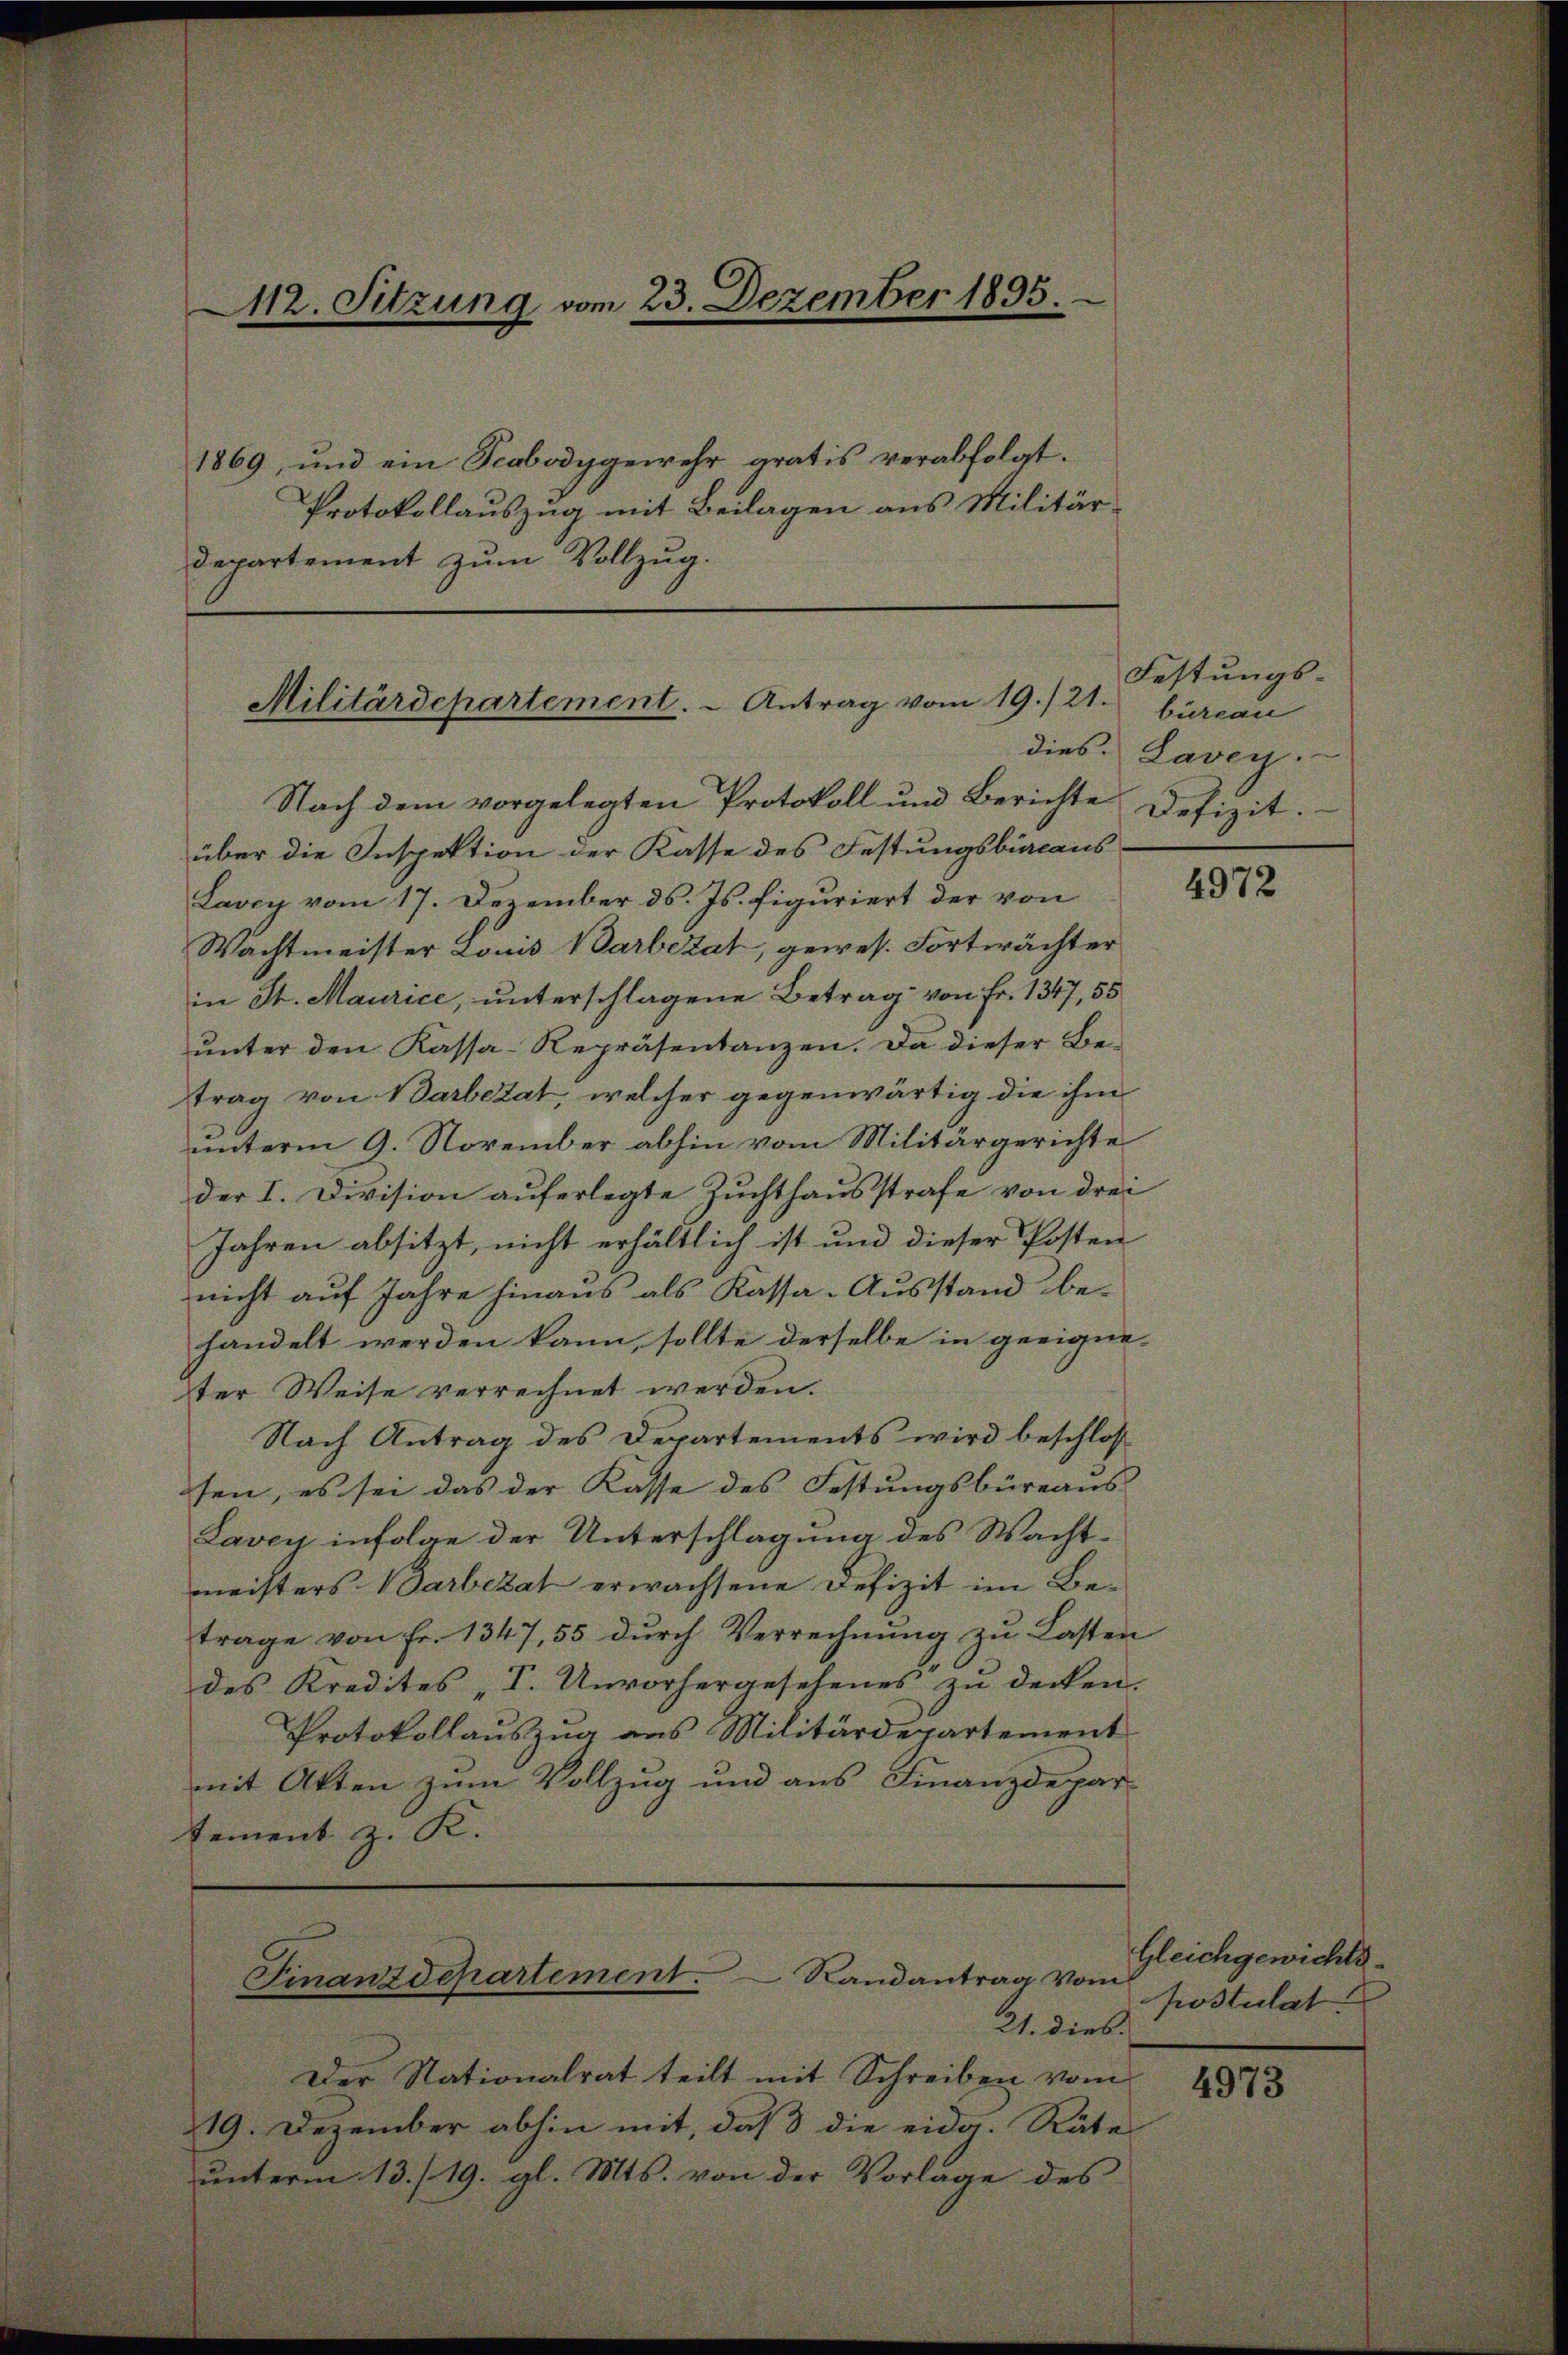
112. Sitzung vom 23. Dezember 1895.
1869, und ein Scabodygewehr aratis verabfolgt.
Protokollauszug mit Beilagen aus Militär-
departement zum Vollzug.

Militärdepartement. - Antrag vom 19./21.

Nach dem vorgelegten Protokoll und Berichte
über die Inspektion der Kasse des Festungsbicaus
Lavey vom 17. Dezember ds. Js. figuriert der von
Wachtmeister Louis Barbezat, gewes. Fortwächter
in St. Maurice, unterschlagene Betrag von Fr. 1347, 55
unter den Kassa-Repräsentanzen. Da dieser Betrag von Darbezat, welcher gegenwärtig die ihm
unterm 9. November abhin vom Militärgerichte
der I. Division auferlegte Zuchthausstrafe von drei
Jahren absitzt, nicht erhältlich ist und dieser Posten
nicht auf Jahre hinaus als Kassa-Ausstand behandelt werden kann, sollte derselbe in geeigne-
ter Weise verrechnet werden.
Nach Antrag des Departements wird beschlos
sen, es sei das der Kasse des Festungsbüreaus
Lavey infolge der Unterschlagung des Wachtmeisters Barbezat erwachsene Defizit im Betrage von Fr. 1347, 55 dŭrch Verrechnŭng zŭ Lasten
des Kredites „I. Unvorhergesehenes zŭ decken.
Protokollauszug aus Militärdepartement
mit Akten zum Vollzug und aus Finanzdepartement z. K.

Finanzdepartement.  Randantrag vom

21. dies
Der Nationalrat teilt mit Schreiben vom
19. Dezember abhin mit, daß die eidg. Räte
unterm 13./19. gl. Mts. von der Vorlage des

Festungs-
bureau
dies. Lavey.
Defizit.

4972

Gleichgewichts-
postulat

4973